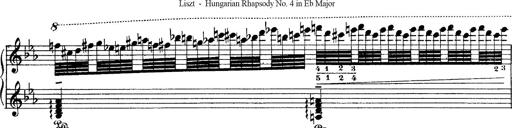
Title: Hungarian Rhapsody No.4
Composer: Franz Liszt
Key: E-flat major